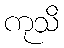
ကုသိ